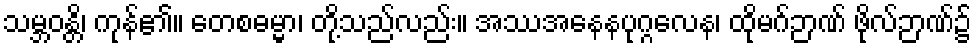
သမ္ဘဝန္တိ၊ ကုန်၏။ တေစဓမ္မာ၊ တို့သည်လည်း။ အဿအနေနပုဂ္ဂလေန၊ ထိုမဂ်ဉာဏ် ဖိုလ်ဉာဏ်၌